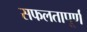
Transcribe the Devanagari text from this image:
सफलतापूर्ण